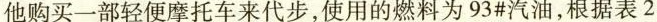
他购买一部轻便摩托车来代步，使用的燃料为93#汽油，根据表 2